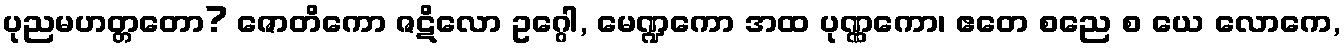
ပုညမဟတ္တတော? ဇောတိကော ဇဋိလော ဥဂ္ဂေါ, မေဏ္ဍကော အထ ပုဏ္ဏကော၊ ဧတေ စညေ စ ယေ လောကေ,